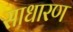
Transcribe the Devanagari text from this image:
साधारण्‍ा